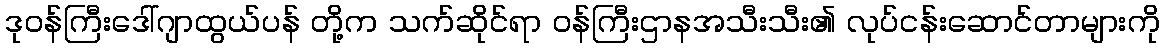
ဒုဝန်ကြီးဒေါ်ဂျာထွယ်ပန် တို့က သက်ဆိုင်ရာ ဝန်ကြီးဌာနအသီးသီး၏ လုပ်ငန်းဆောင်တာများကို